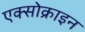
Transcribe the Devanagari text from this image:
एक्सोक्राइन